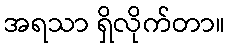
အရသာ ရှိလိုက်တာ။